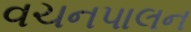
વચનપાલન